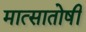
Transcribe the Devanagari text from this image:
मात्सातोषी